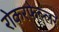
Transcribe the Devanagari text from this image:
रोकरफेल्लर